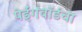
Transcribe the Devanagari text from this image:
पेईंगवॉर्डचा